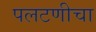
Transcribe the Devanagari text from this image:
पलटणीचा